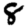
Digit: 8